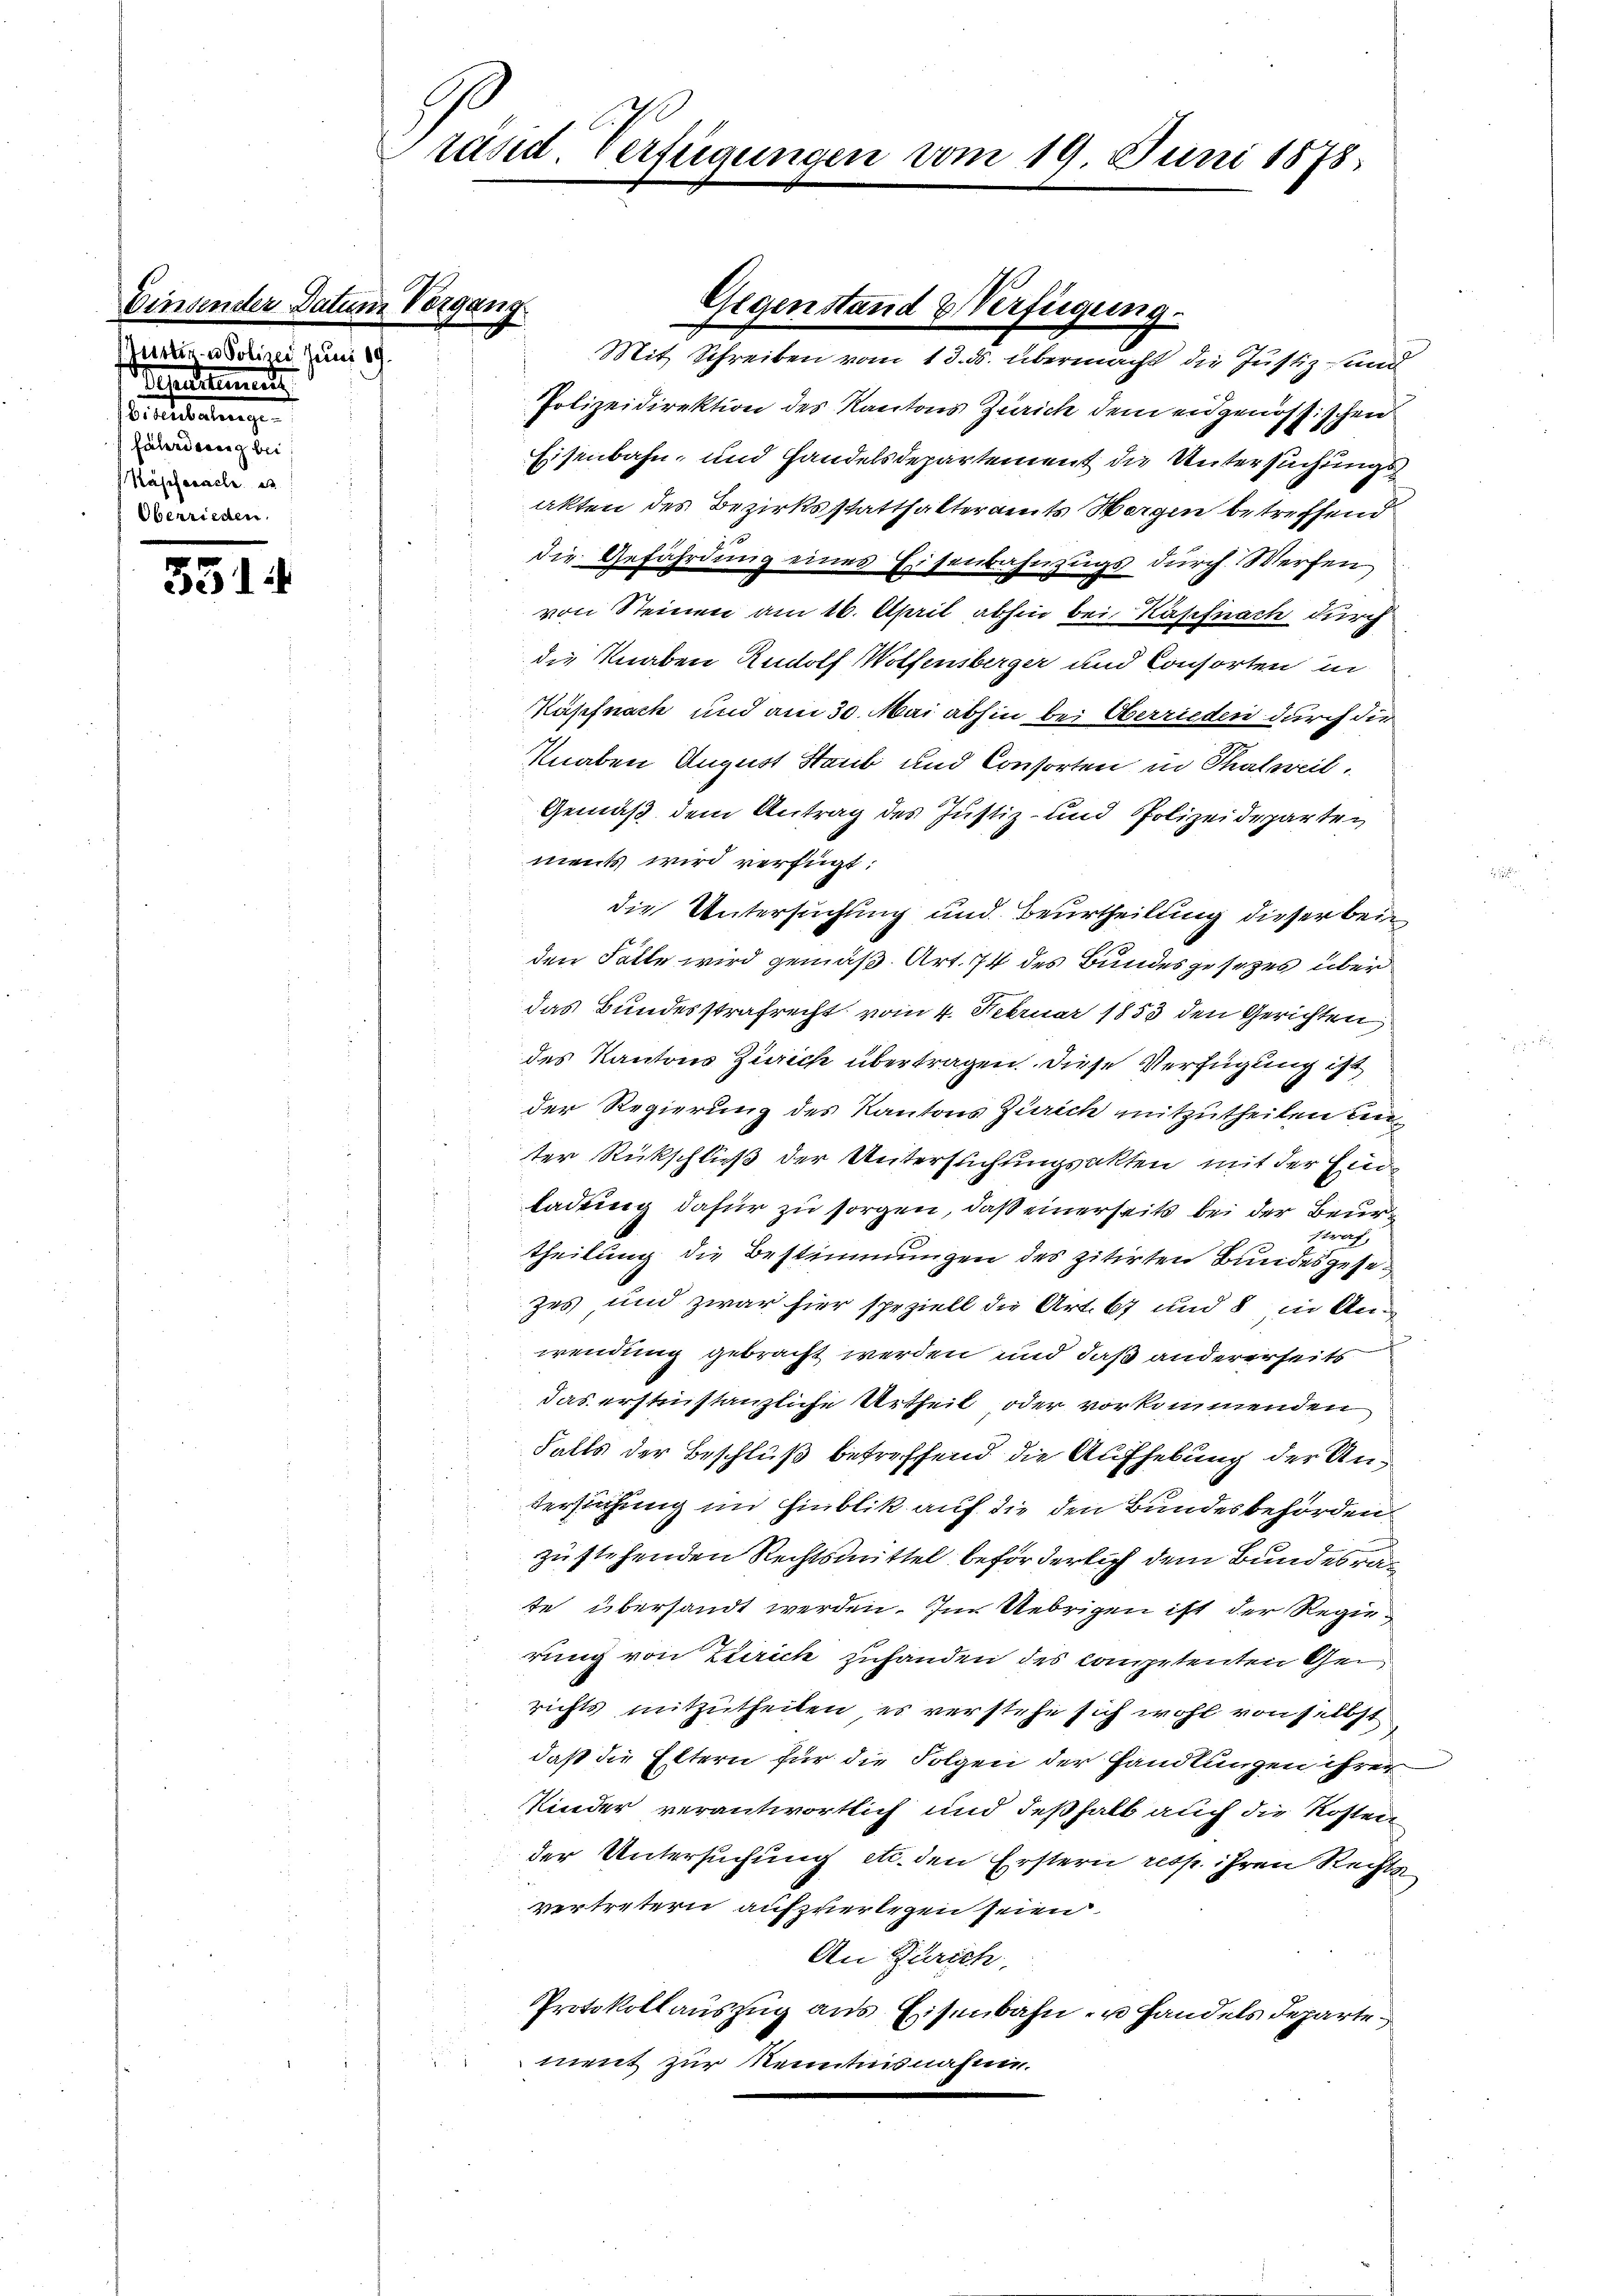
Einsender Datun
Justiz- u Polizei Juni 189.
Vependitamen

Ce testaltung
fährderung bei
Käseferache es

551.

räsid. Verfügungen vom 19. Juni 1878.

Peffung

Polizeidirektion des Kantons Zürich dem eidgenössischen
Eisenbahn, und Handelsdepartement die Untersuchungs
akten des Bezirksstatthalteramts Wergen betreffend
die Gefährdung eines Eisenbahnzugs durch Werfen
von Steinen am 16. April abhin bei Kastnach durch
die Knaben Rudolf Wolfensberger und Consorten in
Käpfnach und am 30. Mai abhin bei Oberrieden durch die
Knaben August Staub und Consorten in Thalweil.
Gemäß dem Antrag des Justiz- und Polizeideparten
ments wird verfügt:
die Untersuchung und Beurtheilung dieser beiden Fälle wird gemäß Art. 74 des Bundesgesezes über
das Bundesstrafrecht vom 4. Februar 1853 den Gerichten
des Kantons Zürich übertragen. Diese Verfügung ist
der Regierung des Kantons Zürich mitzutheilen einter Rückschließ der Untersuchungsakten mit der Einladung dafür zu sorgen, daß einerseits bei der Beurstraf,
theilung die Bestimmungen des zitirten Bundesgesezes und zwar hier speziell die Art. 67 und 8 in Anwendung gebracht werden und daß andererseits
das erstinstanzliche Urtheil oder vorkommenden
Falls der Beschluß betreffend die Aufhebung der Untersuchung im Hinblik auf die den Bundesbehörden.
zu stehenden Rechtsmittel beförderlich dem Bundesrate übersandt werden. Im Uebrigen ist der Regierung von Zürich zuhanden des competenten Gerichts mitzutheilen, es verstehe sich wohl von selbst
daß die Eltern für die Folgen der Handlungen ihrer
KKinder verantwortlich und deßhalb auch die Kosten
der Untersuchung etc. den Erstern resp. ihren Rechte
vertretern aufzuerlegen seien.
An Zürich
Protokollauszug aus Eisenbahn u Handels Departes
ment zur Kenntnisnahme.

Gegenstand & Verfügung.
Mit Schreiben vom 13. ds. übermacht die Justiz- und